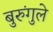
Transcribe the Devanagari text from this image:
बुरुंगुले